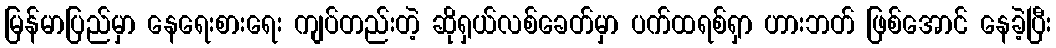
မြန်မာပြည်မှာ နေရေးစားရေး ကျပ်တည်းတဲ့ ဆိုရှယ်လစ်ခေတ်မှာ ပက်ထရစ်ရှာ ဟားဘတ် ဖြစ်အောင် နေခဲ့ပြီး